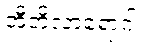
အီဘိုလာရောဂါ